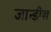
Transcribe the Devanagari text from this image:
जान्डीस